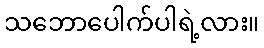
သဘောပေါက်ပါရဲ့လား။